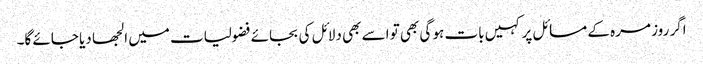
اگر روز مرہ کے مسائل پر کہیں بات ہو گی بھی تو اسے بھی دلائل کی بجائے فضولیات میں الجھا دیا جائے گا۔